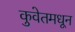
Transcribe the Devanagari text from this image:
कुवेतमधून